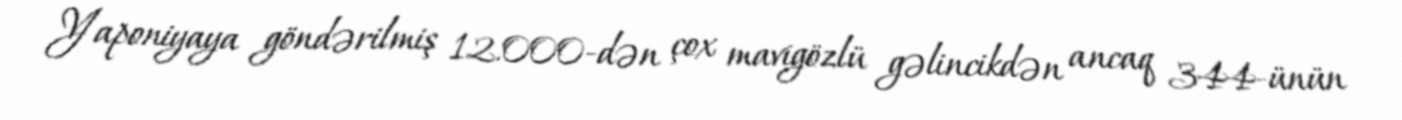
Yaponiyaya göndərilmiş 12.000-dən çox mavigözlü gəlincikdən ancaq 344-ünün